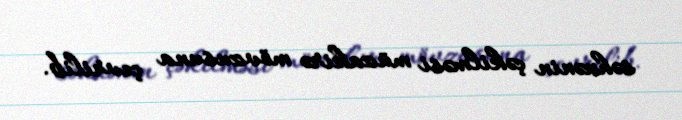
səhnənin çəkilməsi müzakirə mövzusuna çevrilib.